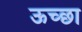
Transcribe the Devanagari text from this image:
ऊच्छा